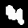
Digit: 4